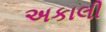
અકાલી